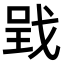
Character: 𢧄